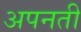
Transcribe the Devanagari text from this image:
अपनती